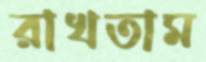
রাখতাম